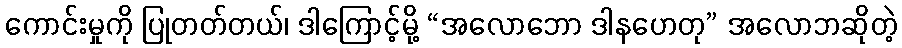
ကောင်းမှုကို ပြုတတ်တယ်၊ ဒါကြောင့်မို့ “အလောဘော ဒါနဟေတု” အလောဘဆိုတဲ့